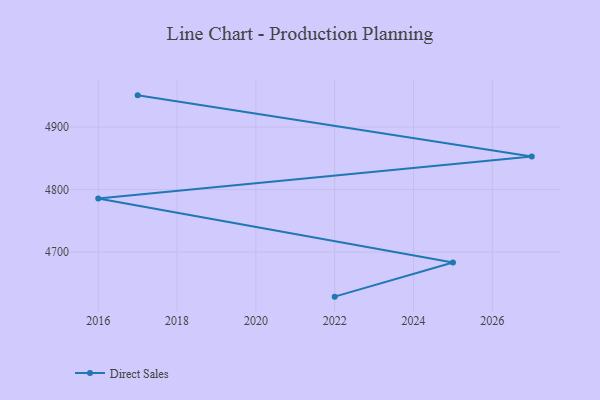
{"axis": {"x": "Year", "y": "Humidity (%)"}, "legend": ["Direct Sales"], "data": [{"x": "2022", "y": 4628.6, "type": "Direct Sales"}, {"x": "2025", "y": 4683.2, "type": "Direct Sales"}, {"x": "2016", "y": 4785.7, "type": "Direct Sales"}, {"x": "2027", "y": 4853.1, "type": "Direct Sales"}, {"x": "2017", "y": 4950.9, "type": "Direct Sales"}]}